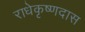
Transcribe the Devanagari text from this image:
राधेकृष्णदास